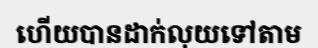
ហើយបានដាក់លុយទៅតាម